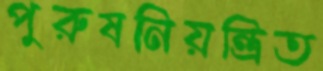
পুরুষনিয়ন্ত্রিত